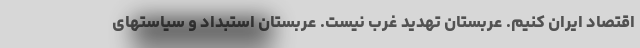
اقتصاد ایران کنیم. عربستان تهدید غرب نیست. عربستان استبداد و سیاستهای